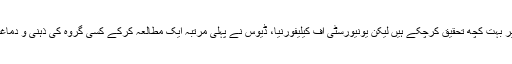
اس سے قبل ماہرین کافی کے دماغ پر اثرات پر بہت کچھ تحقیق کرچکے ہیں لیکن یونیورسٹی آف کیلیفورنیا، ڈیوس نے پہلی مرتبہ ایک مطالعہ کرکے کسی گروہ کی ذہنی و دماغی صلاحیت پر کافی کے اثرات نوٹ کیے ہیں۔